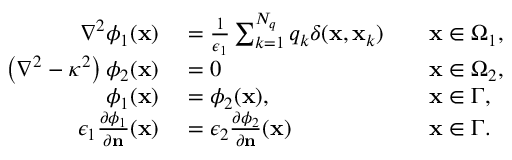
\begin{array} { r l r l } { \nabla ^ { 2 } \phi _ { 1 } ( \mathbf { x } ) } & { { } = \frac { 1 } { \epsilon _ { 1 } } \sum _ { k = 1 } ^ { N _ { q } } q _ { k } \delta ( \mathbf { x } , \mathbf { x } _ { k } ) } & { } & { { } \mathbf { x } \in \Omega _ { 1 } , } \\ { \left( \nabla ^ { 2 } - \kappa ^ { 2 } \right) \phi _ { 2 } ( \mathbf { x } ) } & { { } = 0 } & { } & { { } \mathbf { x } \in \Omega _ { 2 } , } \\ { \phi _ { 1 } ( \mathbf { x } ) } & { { } = \phi _ { 2 } ( \mathbf { x } ) , } & { } & { { } \mathbf { x } \in \Gamma , } \\ { \epsilon _ { 1 } \frac { \partial \phi _ { 1 } } { \partial \mathbf { n } } ( \mathbf { x } ) } & { { } = \epsilon _ { 2 } \frac { \partial \phi _ { 2 } } { \partial \mathbf { n } } ( \mathbf { x } ) } & { } & { { } \mathbf { x } \in \Gamma . } \end{array}